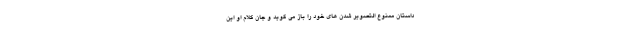
داستان ممنوع التصویر شدن های خود را باز می گوید و جان کلام او این